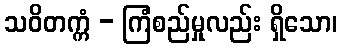
သဝိတက္ကံ - ကြံစည်မှုလည်း ရှိသော၊